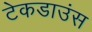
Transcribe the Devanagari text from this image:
टेकडाउंस